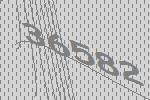
36582